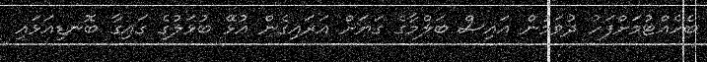
ބެހެއްޓުމަށްފަހު ދުވަމުން އައިސް ބަލްމާގެ ގަޔަށް އަރައިގެން އުޅޭ ބުޅަލުގެ ގައިގާ ބޮނޑިއަޅައި